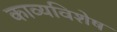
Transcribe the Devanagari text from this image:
काव्यविशेष